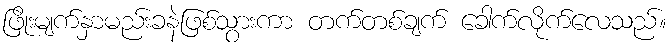
ဖြိုးမျက်နှာမည်းခနဲဖြစ်သွားကာ တက်တစ်ချက် ခေါက်လိုက်လေသည်။